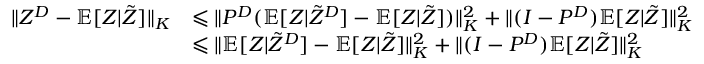
\begin{array} { r l } { \| Z ^ { D } - \mathbb { E } [ Z | \tilde { Z } ] \| _ { K } } & { \leqslant \| P ^ { D } ( \mathbb { E } [ Z | \tilde { Z } ^ { D } ] - \mathbb { E } [ Z | \tilde { Z } ] ) \| _ { K } ^ { 2 } + \| ( I - P ^ { D } ) \mathbb { E } [ Z | \tilde { Z } ] \| _ { K } ^ { 2 } } \\ & { \leqslant \| \mathbb { E } [ Z | \tilde { Z } ^ { D } ] - \mathbb { E } [ Z | \tilde { Z } ] \| _ { K } ^ { 2 } + \| ( I - P ^ { D } ) \mathbb { E } [ Z | \tilde { Z } ] \| _ { K } ^ { 2 } } \end{array}